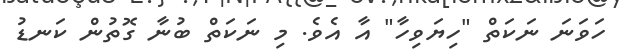
ހަވަނަ ނަކަތް "ހިޔަވިހާ" އާ އެވެ. މި ނަކަތް ބުނާ ގޮތުން ކަނޑު